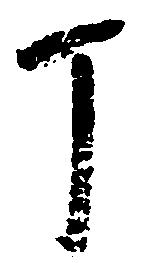
丁